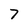
Character: 7